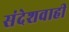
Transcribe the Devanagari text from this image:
संदेशवाही